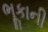
ભૂકાની